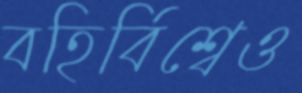
বহির্বিশ্বেও